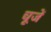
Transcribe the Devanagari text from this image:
चूजें